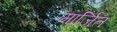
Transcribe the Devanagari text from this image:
मार्जित